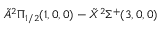
\tilde { A } ^ { 2 } \Pi _ { 1 / 2 } ( 1 , 0 , 0 ) - \tilde { X } ^ { 2 } \Sigma ^ { + } ( 3 , 0 , 0 )